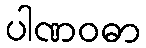
ပါဏဝဓာ